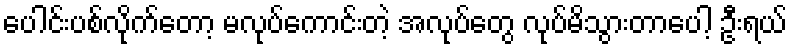
ပေါင်းပစ်လိုက်တော့ မလုပ်ကောင်းတဲ့ အလုပ်တွေ လုပ်မိသွားတာပေါ့ ဦးရယ်